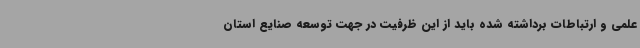
علمی و ارتباطات برداشته شده باید از این ظرفیت در جهت توسعه صنایع استان